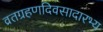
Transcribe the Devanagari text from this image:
व्रतग्रहणदिवसादारभ्य